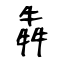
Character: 犇